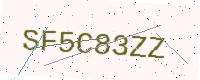
Text: SF5C83ZZ